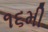
૧૬મી